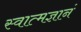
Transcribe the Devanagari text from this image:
स्वात्मज्ञानं